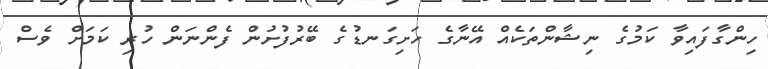
ހިންގާފައިވާ ކަމުގެ ނިޝާންތަކެއް އޭނާގެ ހަށިގަނޑުގެ ބޭރުފުށުން ފެންނަން ހުރި ކަމަށް ވެސް